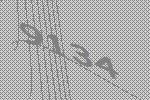
9134